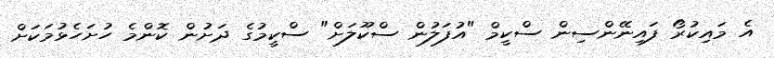
އެ މައިކުރޯ ފައިނޭންސިން ސްކީމް "އުފަލުން ސްކޫލަށް" ސްކީމުގެ ދަށުން ކޮންމެ ހުށަހެޅުމަކަށް